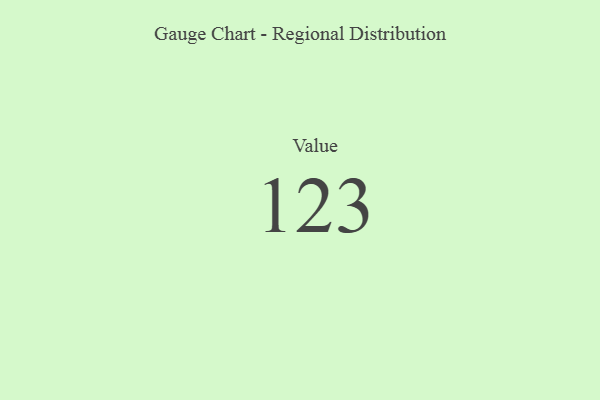
{"axis": {"x": "Metric", "y": "Value"}, "legend": [""], "data": [{"x": "Value", "y": 123, "type": ""}]}